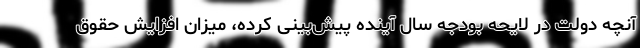
آنچه دولت در لایحه بودجه سال آینده پیش‌بینی کرده، میزان افزایش حقوق